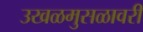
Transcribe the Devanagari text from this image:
उखळमुसळावरी